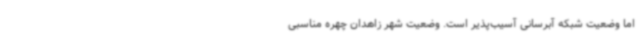
اما وضعیت شبکه آبرسانی آسیب‌پذیر است. وضعیت شهر زاهدان چهره مناسبی